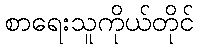
စာရေးသူကိုယ်တိုင်